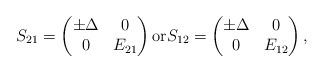
LaTeX: \begin{align*}S_{21}=\begin{pmatrix}\pm \Delta & 0 \\0 & E_{21}\end{pmatrix}\mbox{or} S_{12}=\begin{pmatrix}\pm \Delta & 0 \\0 & E_{12}\end{pmatrix},\end{align*}